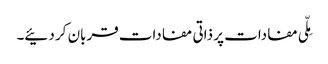
مِلّی مفادات پر ذاتی مفادات قربان کر دئیے۔